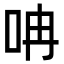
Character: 呥